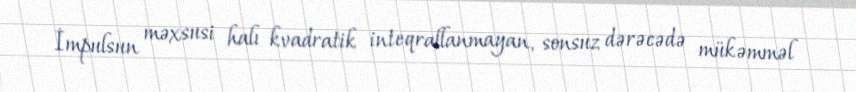
İmpulsun məxsusi halı kvadratik inteqrallanmayan, sonsuz dərəcədə mükəmməl